Sketch of the medical history of the native army of Bombay, for the year
Year: 1876
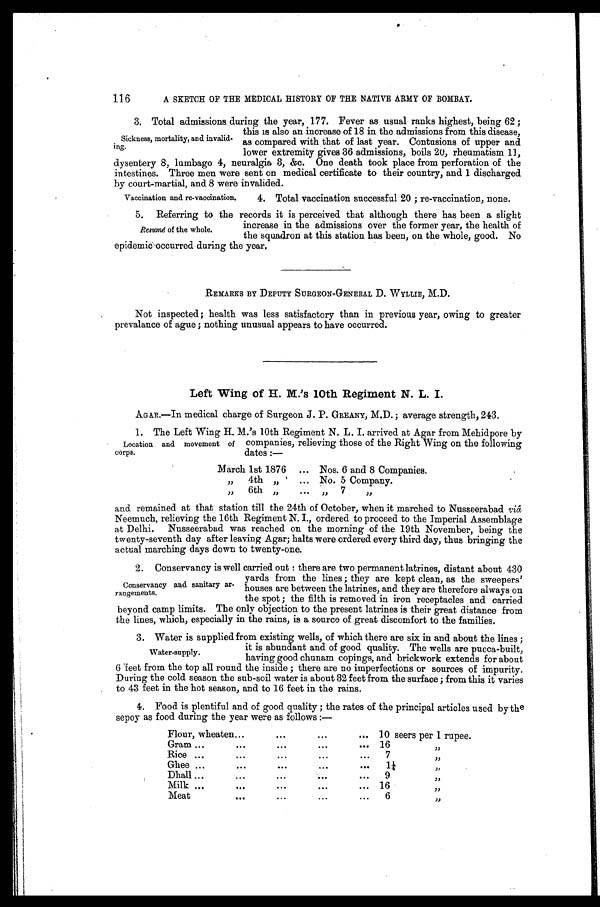
116
A SKETCH OF THE MEDICAL HISTORY OF THE NATIVE ARMY OF BOMBAY.
3. Total admissions during the year, 177. Fever as usual ranks highest, being 62 ;
this is also an increase of 18 in the admissions from this disease,
as compared with that of last year. Contusions of upper and
lower extremity gives 36 admissions, boils 20, rheumatism 11,
dysentery 8, lumbago 4, neuralgia 3, &c. One death took place from perforation of the
intestines. Three men were sent on medical certificate to their country, and 1 discharged
by court-martial, and 8 were invalided.
Sickness, mortality, and invalid-
ing.
Vaccination and re-vaccination.
4. Total vaccination successful 20 ; re-vaccination, none.
5. Referring to the records it is perceived that although there has been a slight
increase in the admissions over the former year, the health of
the squadron at this station has been, on the whole, good. No
epidemic occurred during the year.
REMARKS BY DEPUTY SURGEON-GENERAL D. WYLLIE, M.D.
Not inspected; health was less satisfactory than in previous year, owing to greater
prevalance of ague ; nothing unusual appears to have occurred.
Left Wing of H. M.’s 10th Regiment N. L. I.
AGAR.—In medical charge of Surgeon J. P. GREANY, M.D. ; average strength, 243.
1. The Left Wing H. M.’s 10th Regiment N. L. I. arrived
at Agar from Mehidpore by
companies, relieving those of the Right Wing on the following
dates :—
March 1st 1876 ... Nos. 6 and 8 Companies.
„
4th „
... No. 5 Company.
„
6th „
... „
7
„
and remained at that station till the 24th of October, when it marched to Nusseerabad
viâ Neemuch, relieving the 16th Regiment N. I., ordered to proceed to the Imperial Assemblage
at Delhi. Nusseerabad was reached on the morning of the 19th November, being the
twenty-seventh day after leaving Agar; halts were ordered every third day, thus bringing the
actual marching days down to twenty-one.
2. Conservancy is well carried out : there are two permanent latrines, distant about 430
yards from the lines ; they are kept clean, as the sweepers’
houses are between the latrines, and they are therefore always on
the spot ; the filth is removed in iron receptacles and carried
beyond camp limits. The only objection to the present latrines is their great distance from
the lines, which, especially in the rains, is a source of great discomfort to the families.
3. Water is supplied from existing wells, of which there are six in and about the lines ;
it is abundant and of good quality. The wells are pucca-built,
having good chunam copings, and brickwork extends for about
6 feet from the top all round the inside ; there are no imperfections or sources of impurity.
During the cold season the sub-soil water is about 32 feet from the surface ; from this it varies
to 43 feet in the hot season, and to 16 feet in the rains.
4. Food is plentiful and of good quality ; the rates of the principal articles used by the
sepoy as food during the year were as follows :—
Flour, wheaten...
. . .
. . .
. . . 10 seers per 1 rupee.
Gram ...
...
. . .
. . . 16
„
Rice ...
. . .
. . .
. . .
. . .
7
,,
Ghee ...
. . .
. . .
. . .
1¼
„
Dhall ...
...
. . .
. . .
. . .
9
,,
Milk
. . .
.
16
„
M e a t . . . . . . . . . . . .
6
„
Resumé of the whole.
Location and movement of
corps.
Conservancy and sanitary ar-
rangements.
Water-supply.